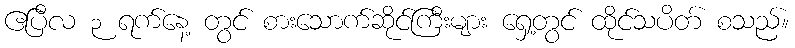
ဧပြီလ ၃ ရက်နေ့ တွင် စားသောက်ဆိုင်ကြီးများ ရှေ့တွင် ထိုင်သပိတ် စသည်။